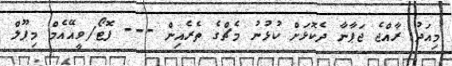
މިއަދު ރާއްޖެ ޖަޕާނާ ދެކޮޅަށް ކުޅުނު މެޗްގެ ތެރެއިން --- ފޮޓޯ/ވީއޭއެމް މިޕޫލް